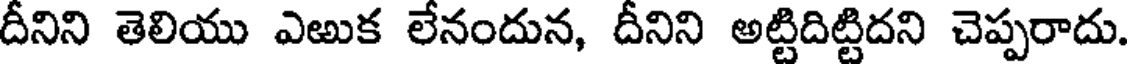
దీనిని తెలియు ఎఱుక లేనందున, దీనిని అట్టిదిట్టిదని చెప్పరాదు.